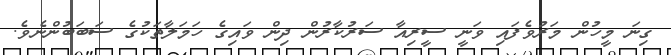
ގިނަ މީހުން މަރުވެފައި ވަނީ ސީރިއާ ސަރުކާރުން ދިން ވައިގެ ހަމަލާތަކުގެ ސަބަބުންނެވެ.